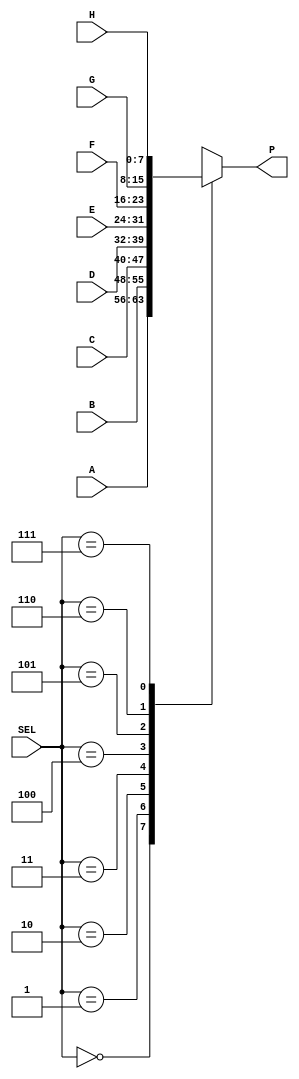
module EIGHT_INTO_ONE (
	input wire [7:0] A,
	input wire [7:0] B,
	input wire [7:0] C,
	input wire [7:0] D,
	input wire [7:0] E,
	input wire [7:0] F,
	input wire [7:0] G,
	input wire [7:0] H,
	input wire [2:0] SEL,
	output reg [7:0] P
);

always@(*)
begin
	case(SEL)
		3'd0: P = A;
		3'd1: P = B;
		3'd2: P = C;
		3'd3: P = D;
		3'd4: P = E;
		3'd5: P = F;
		3'd6: P = G;
		3'd7: P = H;
	endcase
end

endmodule